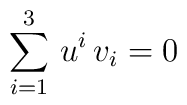
\sum_{i=1}^{3} \, u^i \, v_i = 0